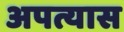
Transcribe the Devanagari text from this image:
अपत्यास